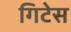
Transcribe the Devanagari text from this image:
गिटेस